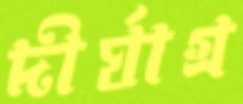
দীর্ঘাগ্র